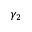
\gamma _ { 2 }